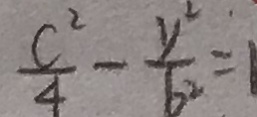
\frac { c ^ { 2 } } { 4 } - \frac { y ^ { 2 } } { b ^ { 2 } } = 1